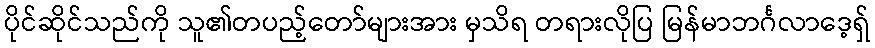
ပိုင်ဆိုင်သည်ကို သူ၏တပည့်တော်များအား မှသိရ တရားလိုပြ မြန်မာဘင်္ဂလာဒေ့ရှ်